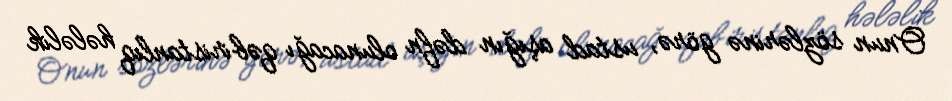
Onun sözlərinə görə, ustad aşığın dəfn olunacağı qəbiristanlıq hələlik